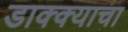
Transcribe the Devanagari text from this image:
डाक्क्याचा